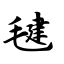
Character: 毽